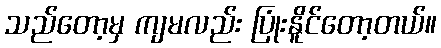
သည်တော့မှ ကျမလည်း ပြုံးနိူင်တော့တယ်။